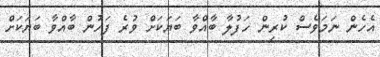
އެހެން ނަމަވެސް ކުރިން ހަފުލާ ބާއްވާ ބަޔަކަށް ވުރެ ފަހުން ބާއްވާ ބަޔަކަށް